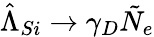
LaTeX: \hat{\Lambda}_{Si}\rightarrow\gamma_{D}\tilde{N}_{e}